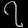
Digit: ၇